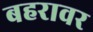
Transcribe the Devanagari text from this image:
बहरावर